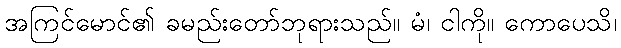
အကြင်မောင်၏ ခမည်းတော်ဘုရားသည်။ မံ၊ ငါကို။ ကောပေသိ၊